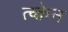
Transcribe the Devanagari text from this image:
त्य्क्तेन